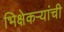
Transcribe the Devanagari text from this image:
भिक्षेकऱ्यांची